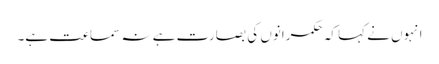
انہوں نے کہا کہ حکمرانوں کی بصارت ہے نہ سماعت ہے۔